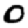
Digit: 0